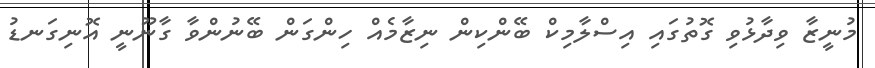
މުނީޒާ ވިދާޅުވި ގޮތުގައި އިސްލާމިކް ބޭންކިން ނިޒާމެއް ހިންގަން ބޭނުންވާ ގާނޫނީ އޮނިގަނޑު